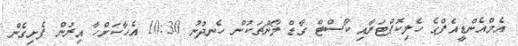
އެމްއެންޑީއެފްގެ ހެލިކޮޕްޓަރާއި ކޯސްޓް ގާޑް ލޯންޗަކުން ހެނދުނު 10:30 އެހާކަށްހާ އިރުން ފެށިގެން